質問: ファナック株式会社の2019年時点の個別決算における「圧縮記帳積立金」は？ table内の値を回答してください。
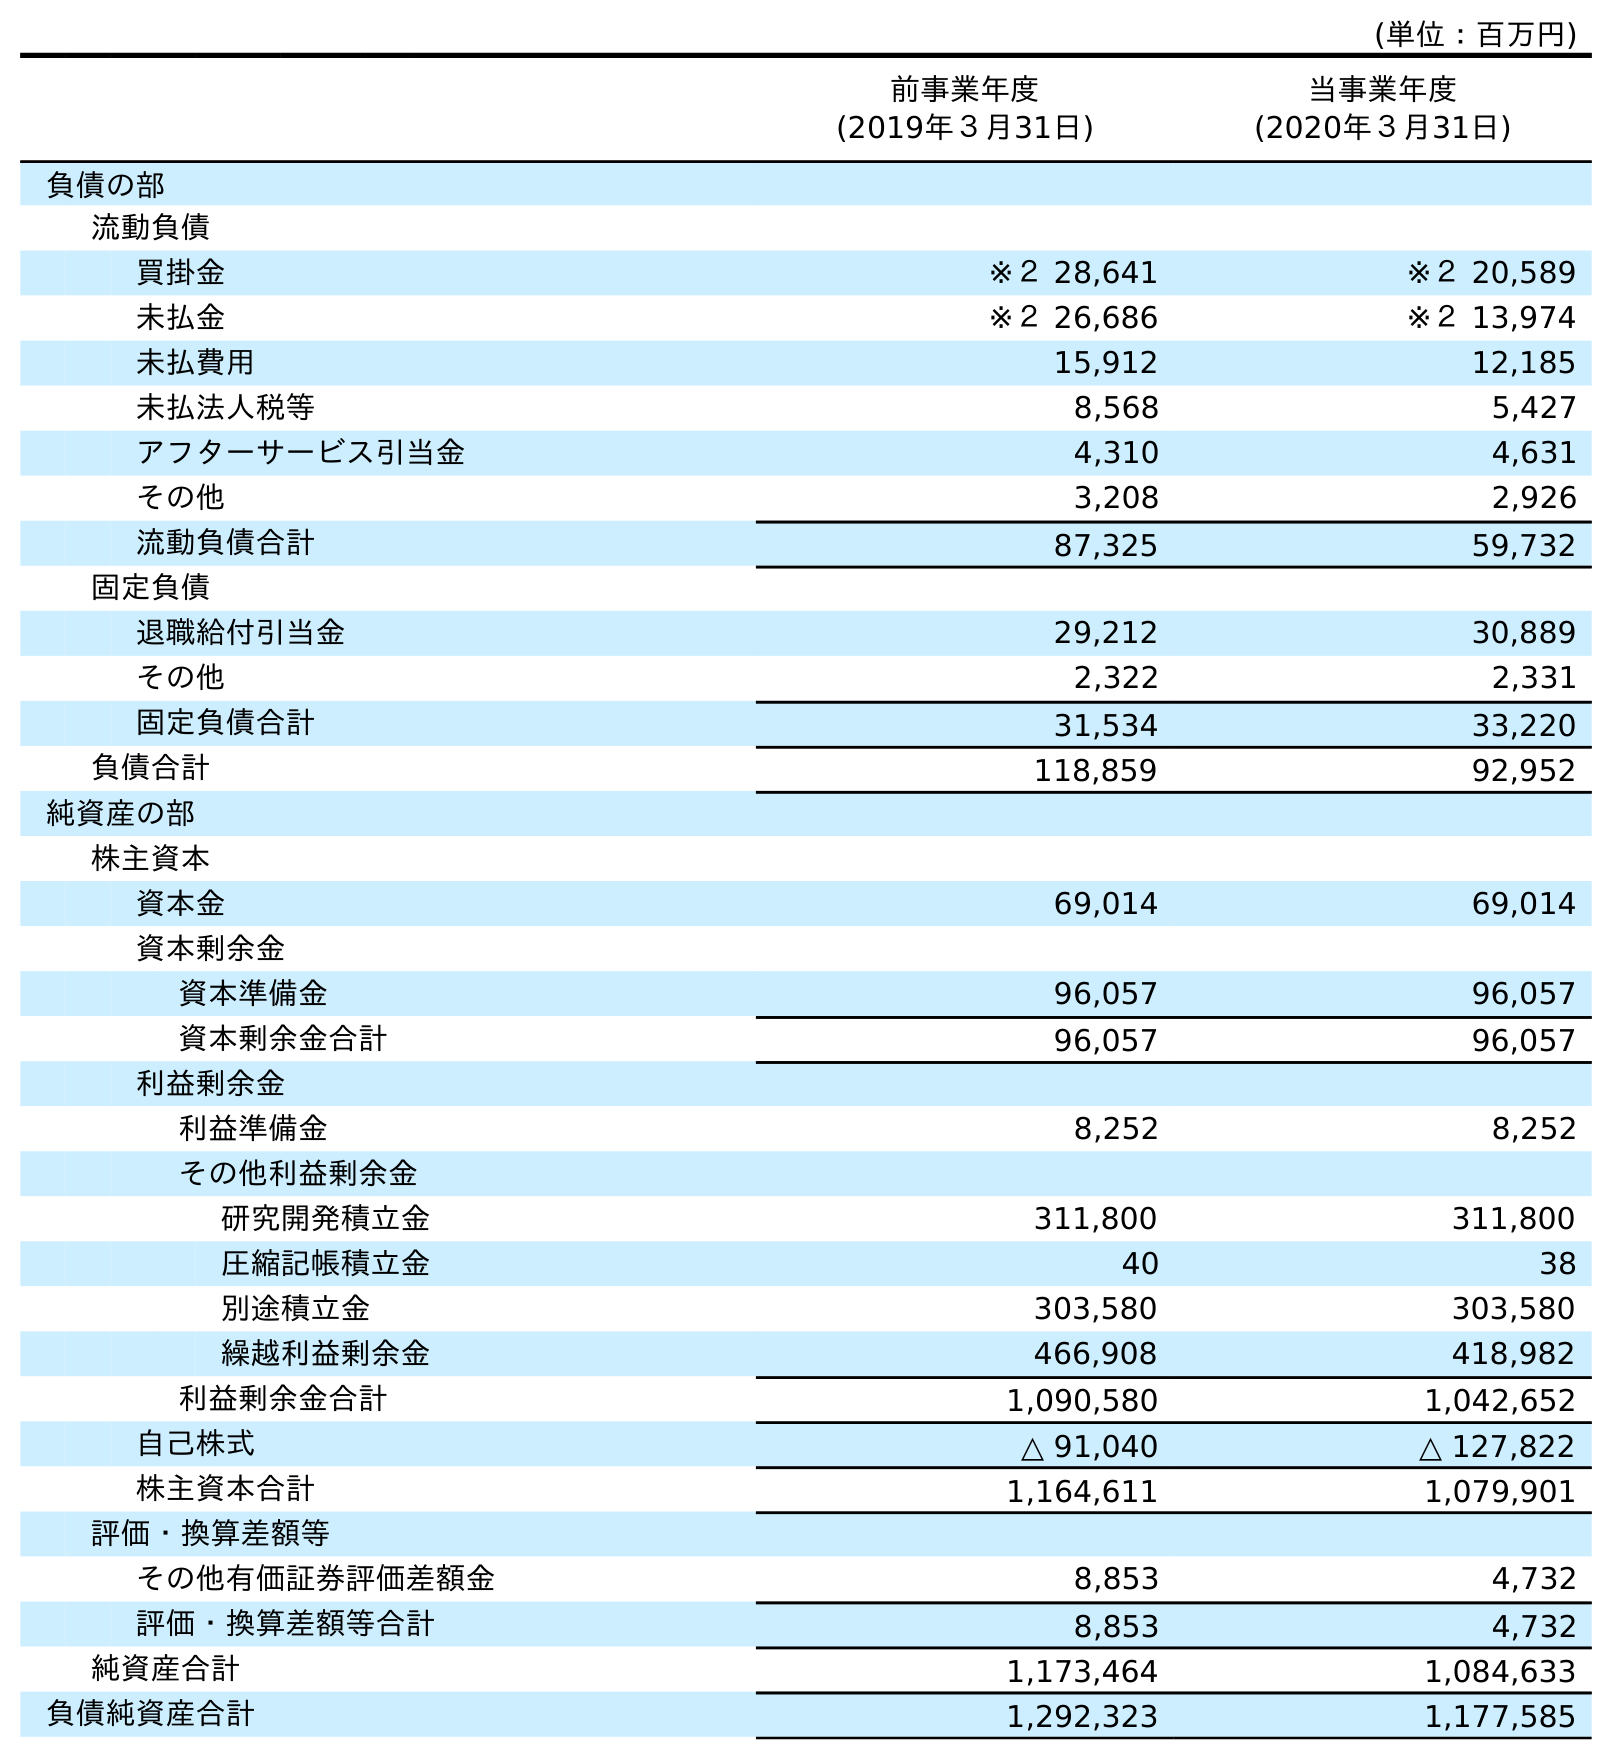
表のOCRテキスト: (単位：百万円) 前事業年度 (2019年３月31日) 当事業年度 (2020年３月31日) 負債の部 流動負債 買掛金 ※２ 28,641 ※２ 20,589 未払金 ※２ 26,686 ※２ 13,974 未払費用 15,912 12,185 未払法人税等 8,568 5,427 アフターサービス引当金 4,310 4,631 その他 3,208 2,926 流動負債合計 87,325 59,732 固定負債 退職給付引当金 29,212 30,889 その他 2,322 2,331 固定負債合計 31,534 33,220 負債合計 118,859 92,952 純資産の部 株主資本 資本金 69,014 69,014 資本剰余金 資本準備金 96,057 96,057 資本剰余金合計 96,057 96,057 利益剰余金 利益準備金 8,252 8,252 その他利益剰余金 研究開発積立金 311,800 311,800 圧縮記帳積立金 40 38 別途積立金 303,580 303,580 繰越利益剰余金 466,908 418,982 利益剰余金合計 1,090,580 1,042,652 自己株式 △ 91,040 △ 127,822 株主資本合計 1,164,611 1,079,901 評価・換算差額等 その他有価証券評価差額金 8,853 4,732 評価・換算差額等合計 8,853 4,732 純資産合計 1,173,464 1,084,633 負債純資産合計 1,292,323 1,177,585
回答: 40